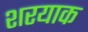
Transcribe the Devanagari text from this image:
शरयाक